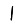
Digit: 1